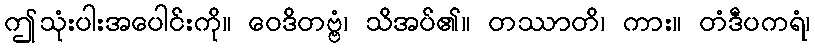
ဤသုံးပါးအပေါင်းကို။ ဝေဒိတဗ္ဗံ၊ သိအပ်၏။ တဿာတိ၊ ကား။ တံဒီပကရံ၊